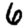
Digit: 6